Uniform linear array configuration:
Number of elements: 16
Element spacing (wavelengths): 0.5
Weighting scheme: hamming
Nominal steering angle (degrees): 15
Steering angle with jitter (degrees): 15.481
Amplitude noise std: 0.05
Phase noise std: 0.05

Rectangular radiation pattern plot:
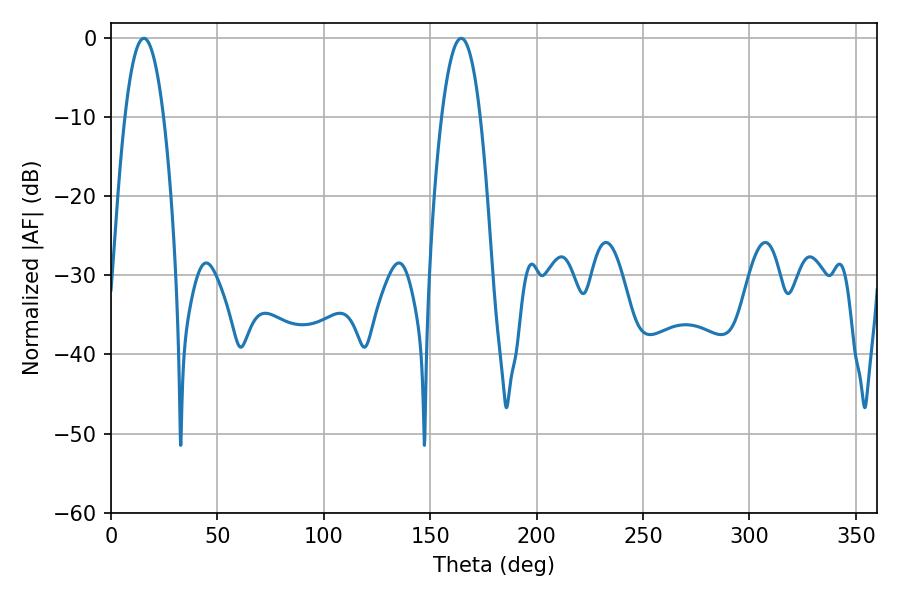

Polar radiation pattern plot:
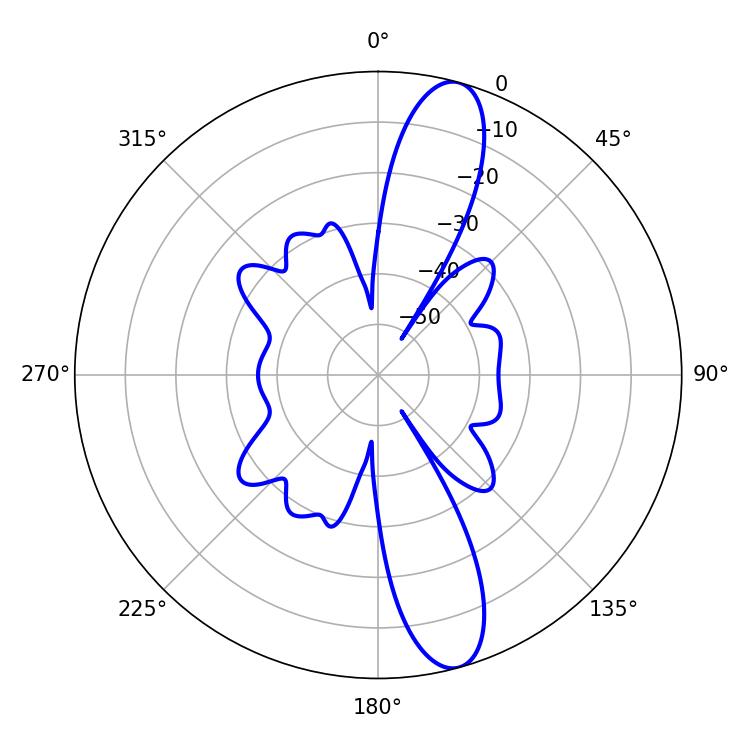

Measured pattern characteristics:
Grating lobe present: FALSE
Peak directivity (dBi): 13.047
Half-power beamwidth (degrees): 10.08
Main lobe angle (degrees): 15.48